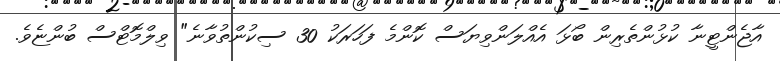
އާޖެންޓީނާ ކުޅުންތެރިން ބޯޅަ އެއްލަންވިޔަސް ކޮންމެ ފަހަރަކު 30 ސިކުންތުވާނެ" ވިލްމޮޓްސް ބުންޏެވެ.